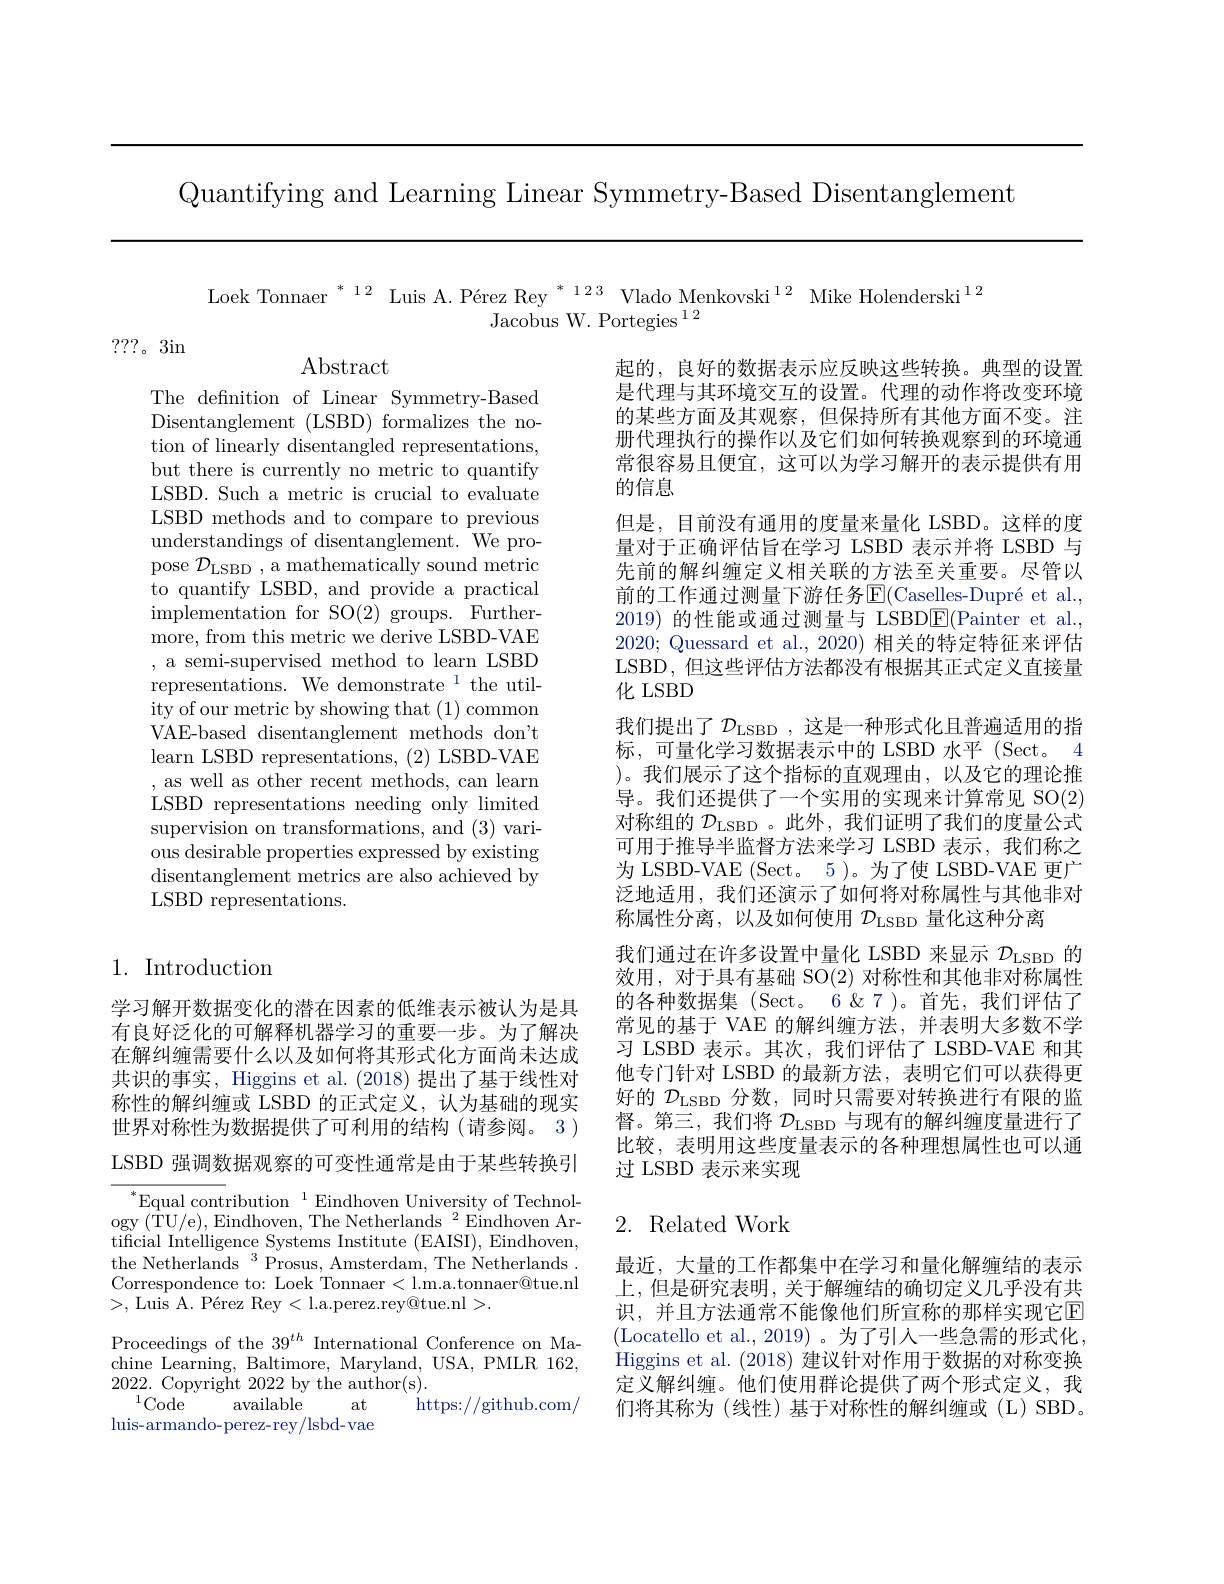
Quantifying and Learning Linear Symmetry-Based Disentanglement

Loek Tonnaer $^{*_{12}}$ Luis A. Pérez Rey $^{*_{123}}$ Vlado Menkovski$^{12}$ Mike Holenderski$^{12}$
Jacobus W. Portegies $^{12}$

???。3in

Abstract

The defnition of Linear Symmetry-Based Disentanglement (LSBD) formalizes the notion of linearly disentangled representations, but there is currently no metric to quantify LSBD. Such a metric is crucial to evaluate LSBD methods and to compare to previous understandings of disentanglement. We propose $\mathcal{D}_\mathrm{LSBD~,~a~mathematically~sound~metric}$ to quantify LSBD, and provide a practical implementation for SO(2) groups. Furthermore, from this metric we derive LSBD-VAE , a semi-supervised method to learn LSBD representations. We demonstrate$^1$ the utility of our metric by showing that (1) common VAE-based disentanglement methods don't learn LSBD representations, (2) LSBD-VAE , as well as other recent methods, can learn LSBD representations needing only limited supervision on transformations, and (3) various desirable properties expressed by existing disentanglement metrics are also achieved by LSBD representations.

起的，良好的数据表示应反映这些转换。典型的设置是代理与其环境交互的设置。代理的动作将改变环境的某些方面及其观察，但保持所有其他方面不变。注册代理执行的操作以及它们如何转换观察到的环境通常很容易且便宜，这可以为学习解开的表示提供有用的信息
但是，目前没有通用的度量来量化 LSBD。这样的度量对于正确评估旨在学习 LSBD 表示并将 LSBD 与先前的解纠缠定义相关联的方法至关重要。尽管以前的工作通过测量下游任务$\operatorname{E}($Caselles-Dupré et al., 2019)的性能或通过测量与 LSBD$\boxed{\mathrm{F}}($Painter et al., 2020; Quessard et al., 2020) 相关的特定特征来评估LSBD, 但这些评估方法都没有根据其正式定义直接量化 LSBD
我们提出了$\mathcal{D}_\mathrm{LSBD}$ ,这是一种形式化且普遍适用的指标，可量化学习数据表示中的 LSBD 水平 (Sect。4 )。我们展示了这个指标的直观理由，以及它的理论推导。我们还提供了一个实用的实现来计算常见 SO(2) 对称组的$\mathcal{D}_\mathrm{LSBD}$ 。此外，我们证明了我们的度量公式可用于推导半监督方法来学习 LSBD 表示，我们称之为 LSBD-VAE (Sect。5)。为了使 LSBD-VAE 更广泛地适用，我们还演示了如何将对称属性与其他非对称属性分离，以及如何使用$\mathcal{D}_\mathrm{LSBD}$量化这种分离
我们通过在许多设置中量化 LSBD 来显示$\mathcal{D}_\mathrm{LSBD}$的效用，对于具有基础 SO(2) 对称性和其他非对称属性的各种数据集 (Sect。6&&7 )。首先，我们评估了常见的基于 VAE 的解纠缠方法，并表明大多数不学习 LSBD 表示。其次，我们评估了 LSBD-VAE 和其他专门针对 LSBD 的最新方法，表明它们可以获得更好的$\mathcal{D}_\mathrm{LSBD}$分数，同时只需要对转换进行有限的监督。第三，我们将$\mathcal{D}_\mathrm{LSBD}$与现有的解纠缠度量进行了比较，表明用这些度量表示的各种理想属性也可以通过 LSBD 表示来实现

## 1. Introduction

学习解开数据变化的潜在因素的低维表示被认为是具有良好泛化的可解释机器学习的重要一步。为了解决在解纠缠需要什么以及如何将其形式化方面尚未达成共识的事实，Higgins et al. (2018) 提出了基于线性对称性的解纠缠或 LSBD 的正式定义，认为基础的现实世界对称性为数据提供了可利用的结构(请参阅。3 )

LSBD 强调数据观察的可变性通常是由于某些转换引

## 2. Related Work

$^*$Equal contribution$^1$Eindhoven University of Technol- $\mathrm{ogy~(TU/e),~Eindhoven,~The~Netherlands~}^{2}$Eindhoven Artificial Intelligence Systems Institute (EAISI), Eindhoven, the Netherlands$^3$Prosus, Amsterdam, The Netherlands. Correspondence to: Loek Tonnaer < l.m.a.tonnaer@tue.nl >,Luis A. Pérez Rey<l.a.perez.rey@tue.nl>.

最近，大量的工作都集中在学习和量化解缠结的表示上，但是研究表明，关于解缠结的确切定义几乎没有共识，并且方法通常不能像他们所宣称的那样实现它E (Locatello et al., 2019)。为了引入一些急需的形式化Higgins et al. (2018) 建议针对作用于数据的对称变换定义解纠缠。他们使用群论提供了两个形式定义，我们将其称为(线性)基于对称性的解纠缠或(L)SBD。

Proceedings of the 39$^th$ International Conference on Ma-

chine Learning, Baltimore, Maryland, USA, PMLR 162,

2022. Copyright 2022 by the author(s).

$^{1}$Code

available

https: / / github. com/

at

luis-armando- perez- rey/lsbd- vae